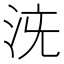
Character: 𣳌